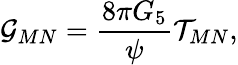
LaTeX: {\cal G}_{MN}={\frac{8\pi G_{5}}{\psi}}{\cal T}_{MN},